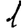
Digit: 1